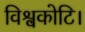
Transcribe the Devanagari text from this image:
विश्वकोटि।